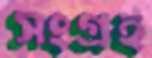
সংগ্রহ